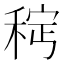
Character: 𫀵